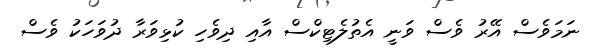
ނަމަވެސް އޭރު ވެސް ވަނީ އެތުލެޓިކްސް އާއި ދިވެހި ކުޅިވަރާ ދުވަހަކު ވެސް